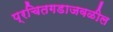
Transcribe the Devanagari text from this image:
प्रचितगडाजवळील